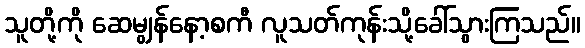
သူတို့ကို ဆေမျွန်နော့စကီ လူသတ်ကုန်းသို့ခေါ်သွားကြသည်။